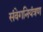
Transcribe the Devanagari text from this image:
संवेगनियंत्रण